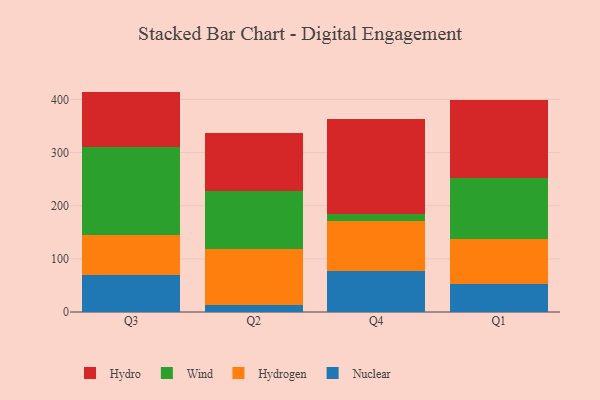
{"axis": {"x": "Quarter", "y": "Inventory Turnover"}, "legend": ["Hydro", "Hydrogen", "Nuclear", "Wind"], "data": [{"x": "Q3", "y": 69.9, "type": "Nuclear"}, {"x": "Q3", "y": 75.1, "type": "Hydrogen"}, {"x": "Q3", "y": 166.2, "type": "Wind"}, {"x": "Q3", "y": 103.5, "type": "Hydro"}, {"x": "Q2", "y": 13.5, "type": "Nuclear"}, {"x": "Q2", "y": 105.6, "type": "Hydrogen"}, {"x": "Q2", "y": 108.6, "type": "Wind"}, {"x": "Q2", "y": 109.5, "type": "Hydro"}, {"x": "Q4", "y": 77.3, "type": "Nuclear"}, {"x": "Q4", "y": 93.1, "type": "Hydrogen"}, {"x": "Q4", "y": 14.2, "type": "Wind"}, {"x": "Q4", "y": 178.6, "type": "Hydro"}, {"x": "Q1", "y": 52.2, "type": "Nuclear"}, {"x": "Q1", "y": 85.2, "type": "Hydrogen"}, {"x": "Q1", "y": 115.3, "type": "Wind"}, {"x": "Q1", "y": 145.3, "type": "Hydro"}]}